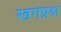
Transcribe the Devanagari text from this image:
खगप्रश्न